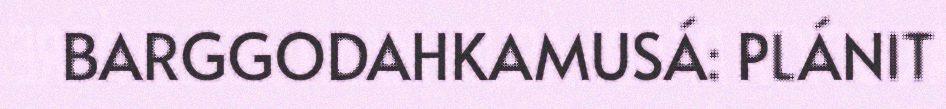
BARGGODAHKAMUSÁ: PLÁNIT